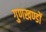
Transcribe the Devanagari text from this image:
गुणखण्डों